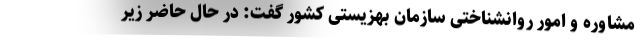
مشاوره و امور روانشناختی سازمان بهزیستی کشور گفت: در حال حاضر زیر